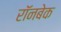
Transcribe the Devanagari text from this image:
रॉनबेक